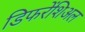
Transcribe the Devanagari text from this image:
डिफरेंशिअल